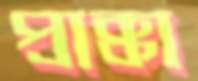
প্রাক্কা